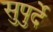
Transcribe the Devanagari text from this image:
सुपुर्दे